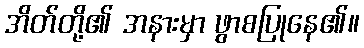
အိတ်တို့၏ အနားမှာ ဖွာစပြုနေ၏။